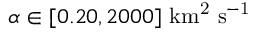
\alpha \in [ 0 . 2 0 , 2 0 0 0 ] \ \mathrm { k m ^ { 2 } \ s ^ { - 1 } }